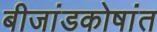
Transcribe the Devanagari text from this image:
बीजांडकोषांत